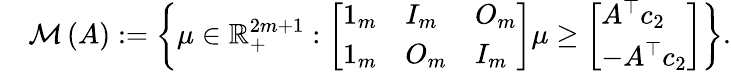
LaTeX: \begin{array}{rl}&{{\mathcal M}\left(A\right):=\left\{ {\mu}\in{\mathbb R}_{+}^{2m+1}:\left[\begin{array}{lll}{1_{m}}&{I_{m}}&{O_{m}}\\ {1_{m}}&{O_{m}}&{I_{m}}\end{array}\right]{\mu}\geq\left[\begin{array}{l}{A^{\top}c_{2}}\\ {-A^{\top}c_{2}}\end{array}\right]\right\} .}\end{array}